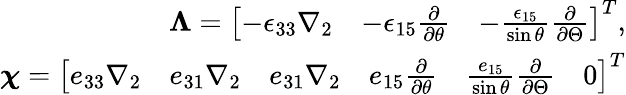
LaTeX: \begin{array}{r}{\boldsymbol{\Lambda}=\left[\begin{array}{lll}{-\epsilon_{33}\nabla_{2}}&{-\epsilon_{15}\frac{\partial}{\partial\theta}}&{-\frac{\epsilon_{15}}{\sin\theta}\frac{\partial}{\partial\Theta}}\end{array}\right]^{T},}\\ {\boldsymbol{\chi}=\left[\begin{array}{llllll}{e_{33}\nabla_{2}}&{e_{31}\nabla_{2}}&{e_{31}\nabla_{2}}&{e_{15}\frac{\partial}{\partial\theta}}&{\frac{e_{15}}{\sin\theta}\frac{\partial}{\partial\Theta}}&{0}\end{array}\right]^{T}}\end{array}